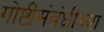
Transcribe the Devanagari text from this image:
गोष्टींसंबंधीच्या